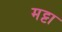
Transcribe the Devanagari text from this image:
मट्टा